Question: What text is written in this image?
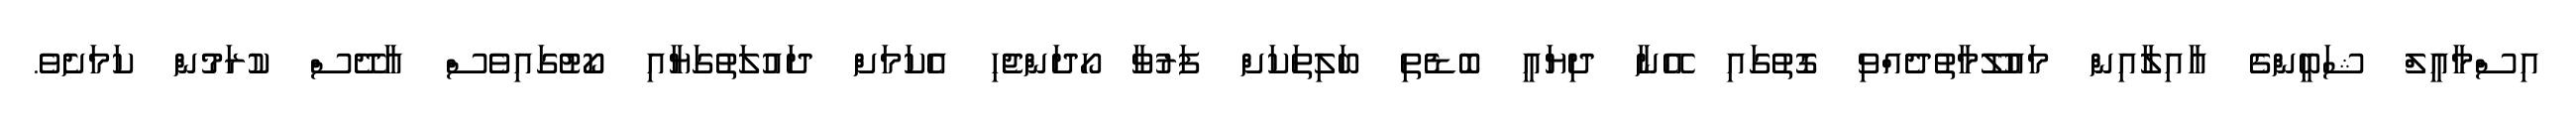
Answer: އިސްމާއީލް ޝަބީންގެ އާއިލާއިން މައުލޫމާތުދެއްވި ގޮތުގައި އޭނާ ދިޔައީ ބޮޑެތި ބަލިތަކަށް ފަރުވާ ހޯދަންޖެހި އެކަމަށް ދައުލަތުގަޔާއި ކޯޓުގައިވެސް އާދޭސް ކުރަމުން ކަމަށެވެ.